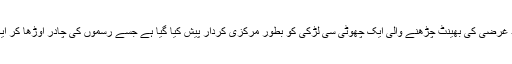
اس کہانی میں مذہب ،رواج اور خود غرضی کی بھینٹ چڑھنے والی ایک چھوٹی سی لڑکی کو بطور مرکزی کردار پیش کیا گیا ہے جسے رسموں کی چادر اوڑھا کر ایک انجانی دنیا میں بھیج دیا جاتا ہے۔